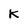
Character: k